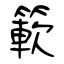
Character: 簐